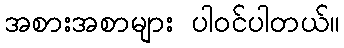
အစားအစာများ ပါဝင်ပါတယ်။